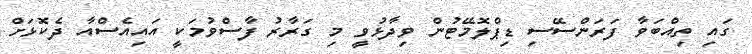
ގައި ތިއްބަވާ ފަރަންސޭސި ޑިޕްލޮމޭޓުން ވިދާޅުވީ މި ގަރާރު ފާސްވުމަކީ އައިއެސްއާ ދެކޮޅަށް